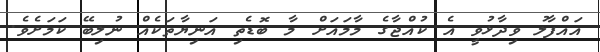
އައްފާލު ވިދާޅުވީ އެ ކުއްޖާގެ މާމައަށް މާ ބޮޑެތި އަނިޔާތަކެއް ނުލިބޭ ކަމަށެވެ.